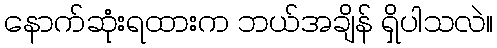
နောက်ဆုံးရထားက ဘယ်အချိန် ရှိပါသလဲ။